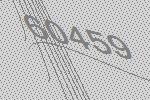
60459